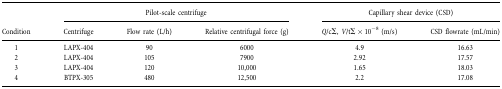
|  | <COLSPAN=3> Pilot‐scale centrifuge | <COLSPAN=2> Capillary shear device (CSD) |
 | Condition | Centrifuge | Flow rate (L/h) | Relative centrifugal force (g) | Q/cΣ, V/tΣ × 10−8 (m/s) | CSD flowrate (mL/min) |
 | --- | --- | --- | --- | --- | --- |
 | 1 | LAPX‐404 | 90 | 6000 | 4.9 | 16.63 |
 | 2 | LAPX‐404 | 105 | 7900 | 2.92 | 17.57 |
 | 3 | LAPX‐404 | 120 | 10,000 | 1.65 | 18.03 |
 | 4 | BTPX‐305 | 480 | 12,500 | 2.2 | 17.08 |